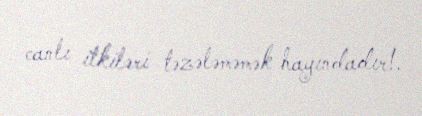
canlı itkiləri təzələməmək hayındadır!.